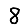
Digit: 8